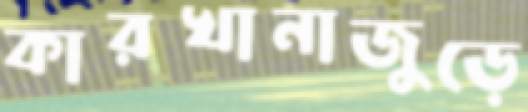
কারখানাজুড়ে